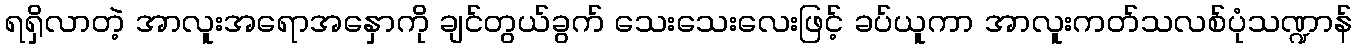
ရရှိလာတဲ့ အာလူးအရောအနှောကို ချင်တွယ်ခွက် သေးသေးလေးဖြင့် ခပ်ယူကာ အာလူးကတ်သလစ်ပုံသဏ္ဍာန်